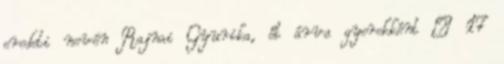
eredeti nevén Rajnai Gyurika, őt árva gyerekként – 17